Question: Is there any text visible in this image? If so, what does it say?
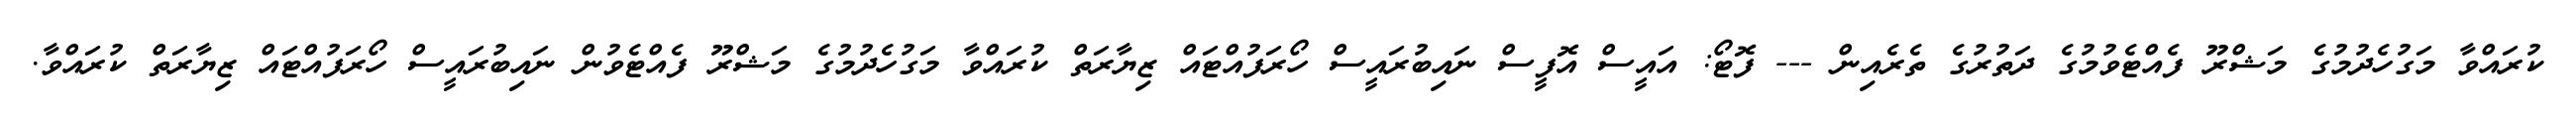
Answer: ކުރައްވާ މަގުހެދުމުގެ މަޝްރޫ ފެއްޓެވުމުގެ ދަތުރުގެ ތެރެއިން --- ފޮޓޯ: އައީސް އޮފީސް ނައިބުރައީސް ހޯރަފުއްޓައް ޒިޔާރަތް ކުރައްވާ މަގުހެދުމުގެ މަޝްރޫ ފެއްޓެވުން ނައިބުރައީސް ހޯރަފުއްޓައް ޒިޔާރަތް ކުރައްވާ.